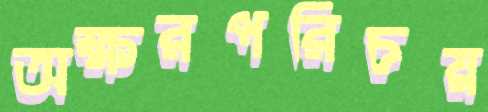
অক্ষরপরিচয়